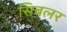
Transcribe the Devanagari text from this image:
सिबलर